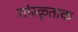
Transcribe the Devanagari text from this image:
सांस्कृताक